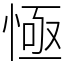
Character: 㥛